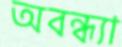
অবন্ধ্যা